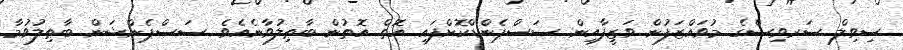
ސިވިލް ސަރވިސްގެ މުވައްޒަފުން ވަޒީފާއިން ސަސްޕެންޑްކޮށްފައި އޮތް އޮތުން ބާޠިލުވާނެއެވެ. ސަސްޕެންޝަން ބާޠިލުވުމާ